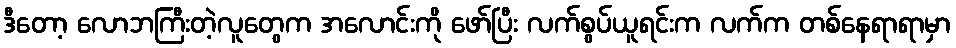
ဒီတော့ လောဘကြီးတဲ့လူတွေက အလောင်းကို ဖော်ပြီး လက်စွပ်ယူရင်းက လက်က တစ်နေရာရာမှာ